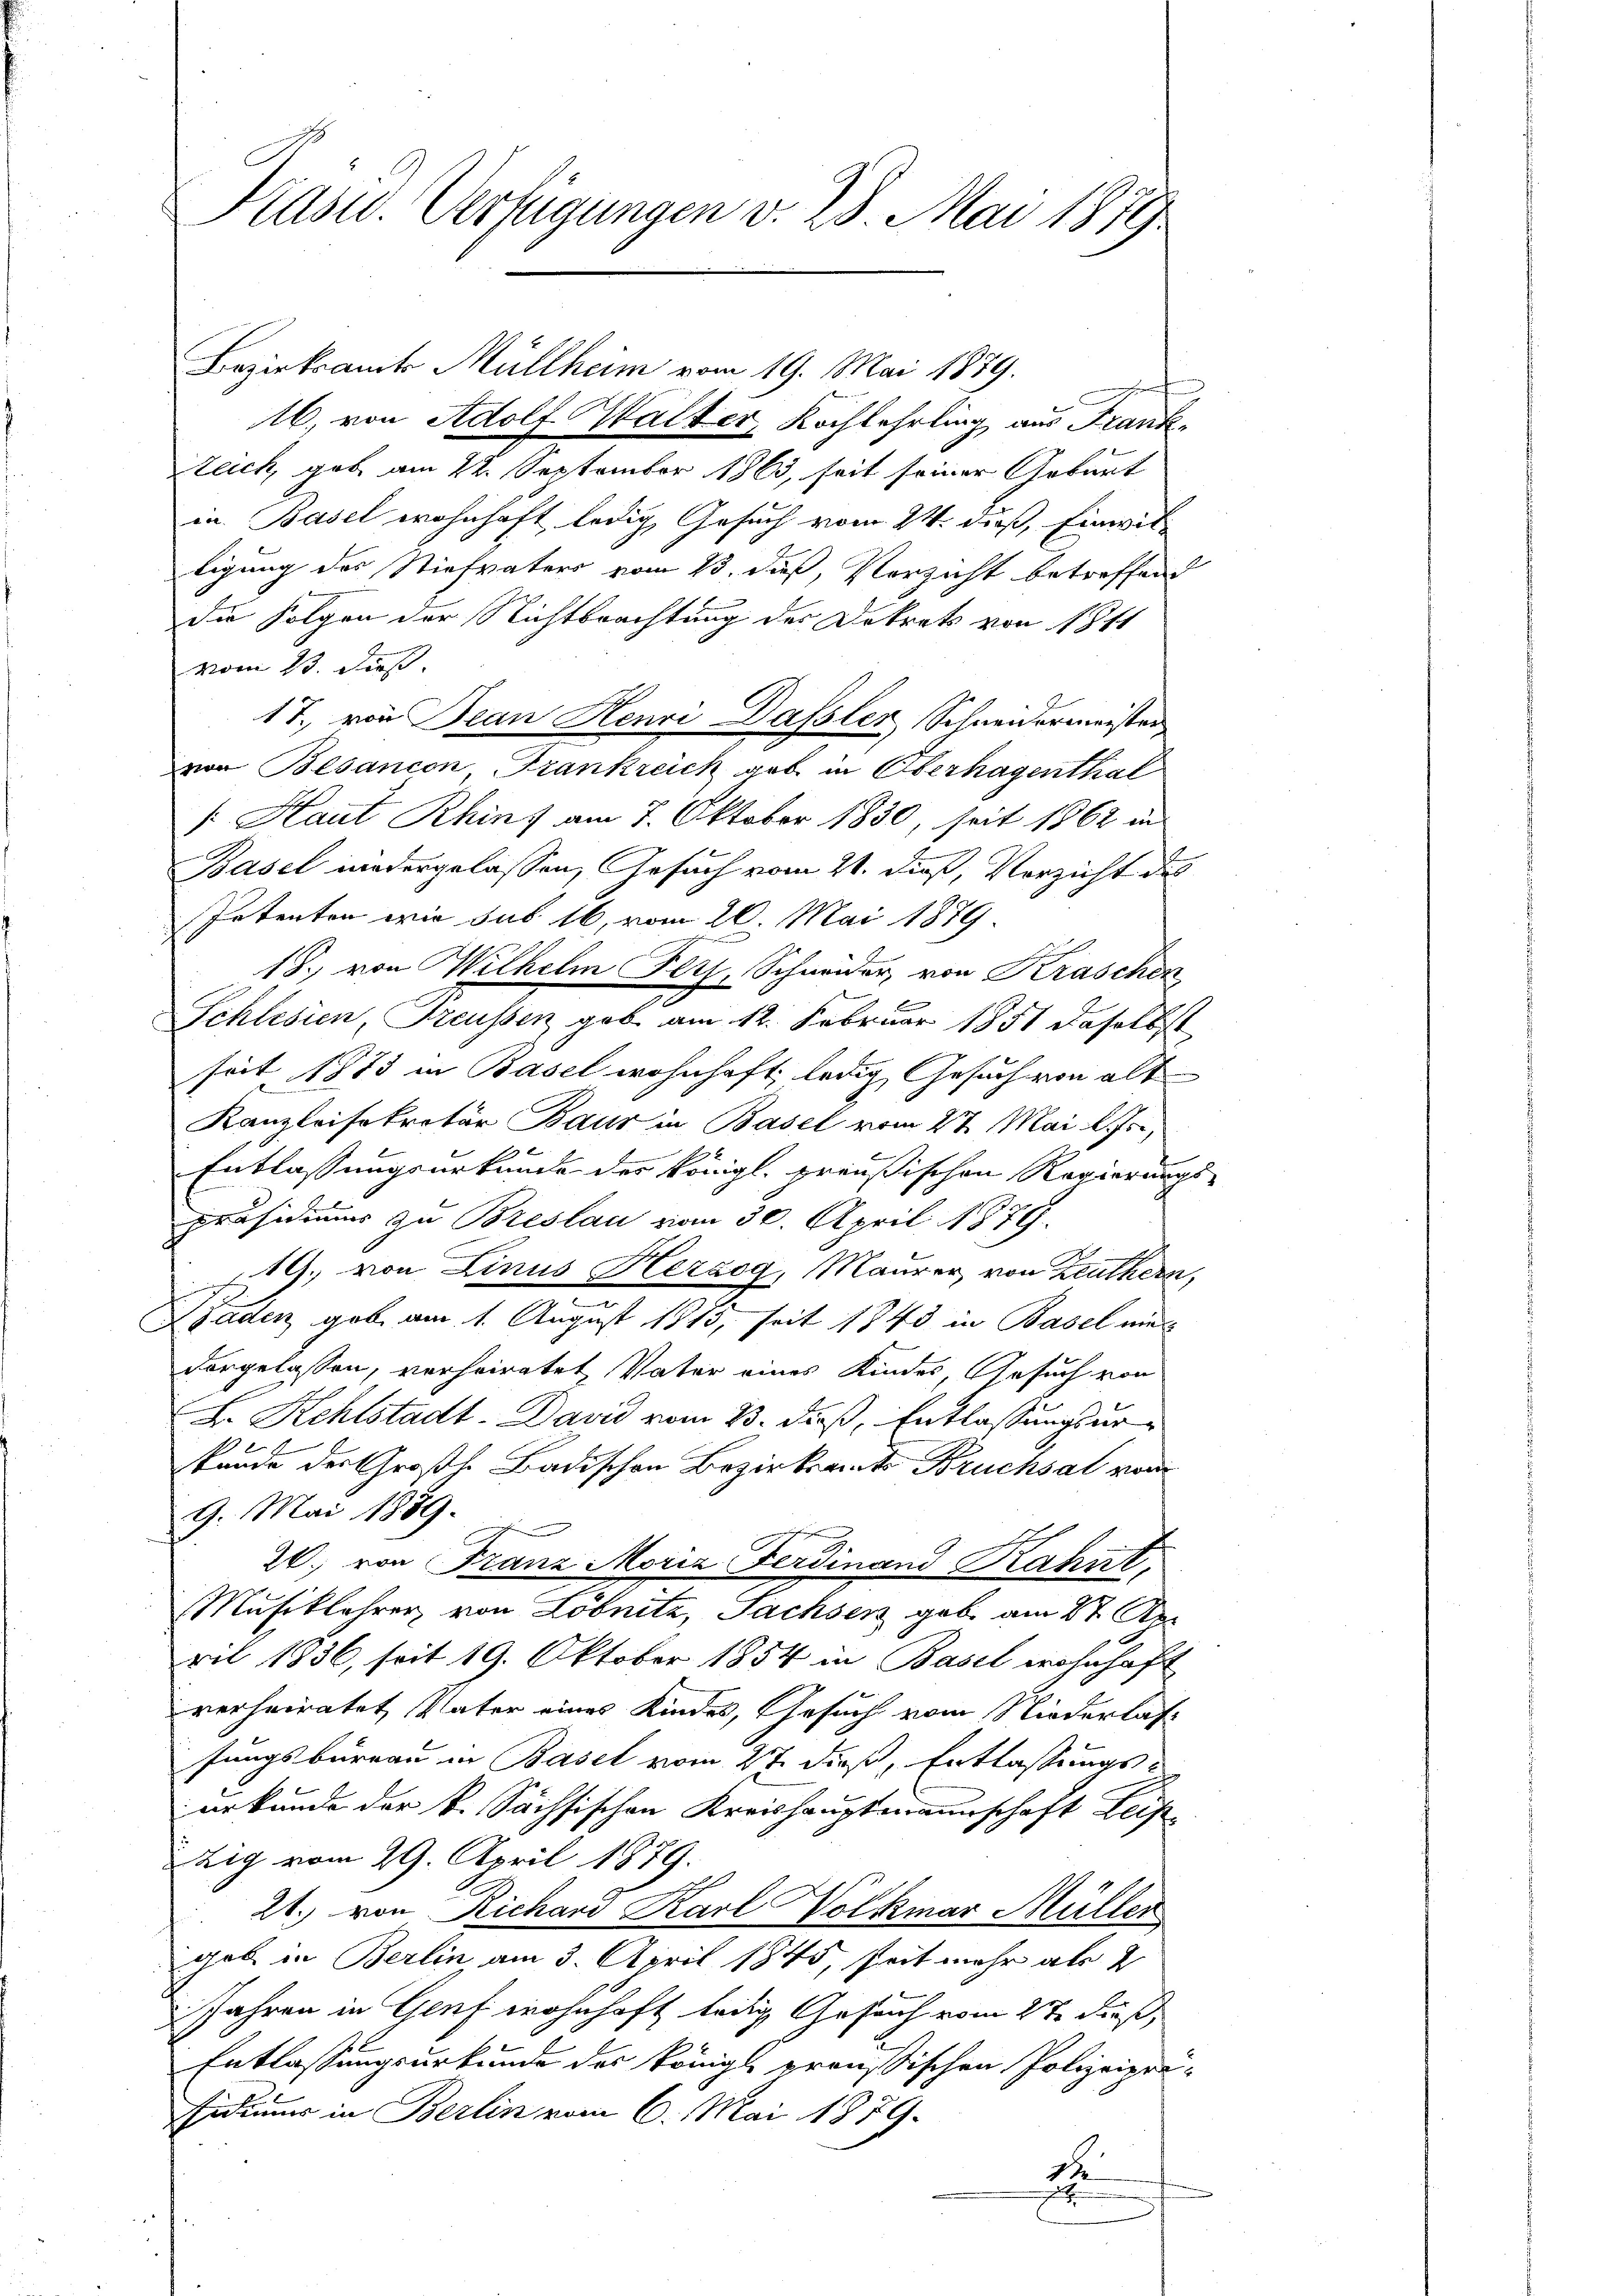
Kasu. Verfügungen v. 28. Mai 1879

Bezirksamts Müllheim vom 19. Mai 1889.

M. von Adolf Walter, Kochlehrling aus Frank¬
Zeich, gab am 22. September 1863, seit seiner Geburt
in. Basel wohnhaft, ledig, Gesuch vom 24. dieß, Einwilligung des Stiefvaters vom 13. dieß, Verzicht betreffend
Die Folgen der Nichtbrachtung der Dekrets von 1811
vom 23. dieß.
17., von Bean Henri Dassler, Schneidermeister
von Besancon Frankreich geb in Oberhagenthal
k Haut Rhinz am 7. Oktober 1830, seit 1862 in
Basel wiedergelassen, Gesuch vom 21. dieß, Verzicht des
Petenten wir sub 16, vom 20. Mai 1879
18. von Wilhelm Fers, Schneider, von Kraschen
Schlesien, Treussen geb. am 12. Februar 1851 daselbst
seit 1873 in Basel wohnhaft, ledig Gesuch von alt
Kanzleisekretär Baur in Basel vom 27. Mai l. Js.,
Entlassungsurkunde der Königl. preußischen Regierungs-
präsidiums zu Breslau vom 30. April 1874.
19. von Linus Herzog, Maurer, von Leuthern,
Baden gab am 1. August 1813, seit 1843 in Basel nie
dargelassen, verheiratet, Vater eines Kindes, Gesuch von
F. Kehlstadt - David vom 23. dieß, Entlassungsurkunde der Großh. Badischen Bezirksamts Brucksal vom
9. Mai 1889.
20. von Franz Moria Ferdinand Rahnt,
Musiklehrer von Lobnitz, Sachsen geb. am 27. Apr
ril 1836, seit 19. Oktober 1854 in Basel wohnhaft
verheiratet, Vater eines Kindes, Gesuch vom Niederlassungsbureau in Basel vom 27. dieß, Entlassungs-
urkunde der k. Sächsischen Kreishauptmannschaft Leife
zig vom 29. April 1879.
21. von Richard Karl Volkmar Müller
geb in Berlin am 3. April 1845, seit mehr als 2
Jahren in Genf wohnhaft ledige Gesuch vom 2te dieß,
Entlassungsurkunde des Königl. proussischen Polizeiprä¬
Eidimer in Berlin vom 6. Mai 1879.
d
.
u